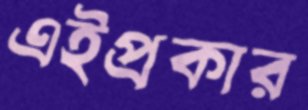
এইপ্রকার